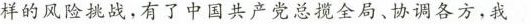
样的风险挑战，有了中国共产党总揽全局、协调各方，我